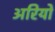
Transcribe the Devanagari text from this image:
अरियों